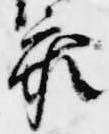
参